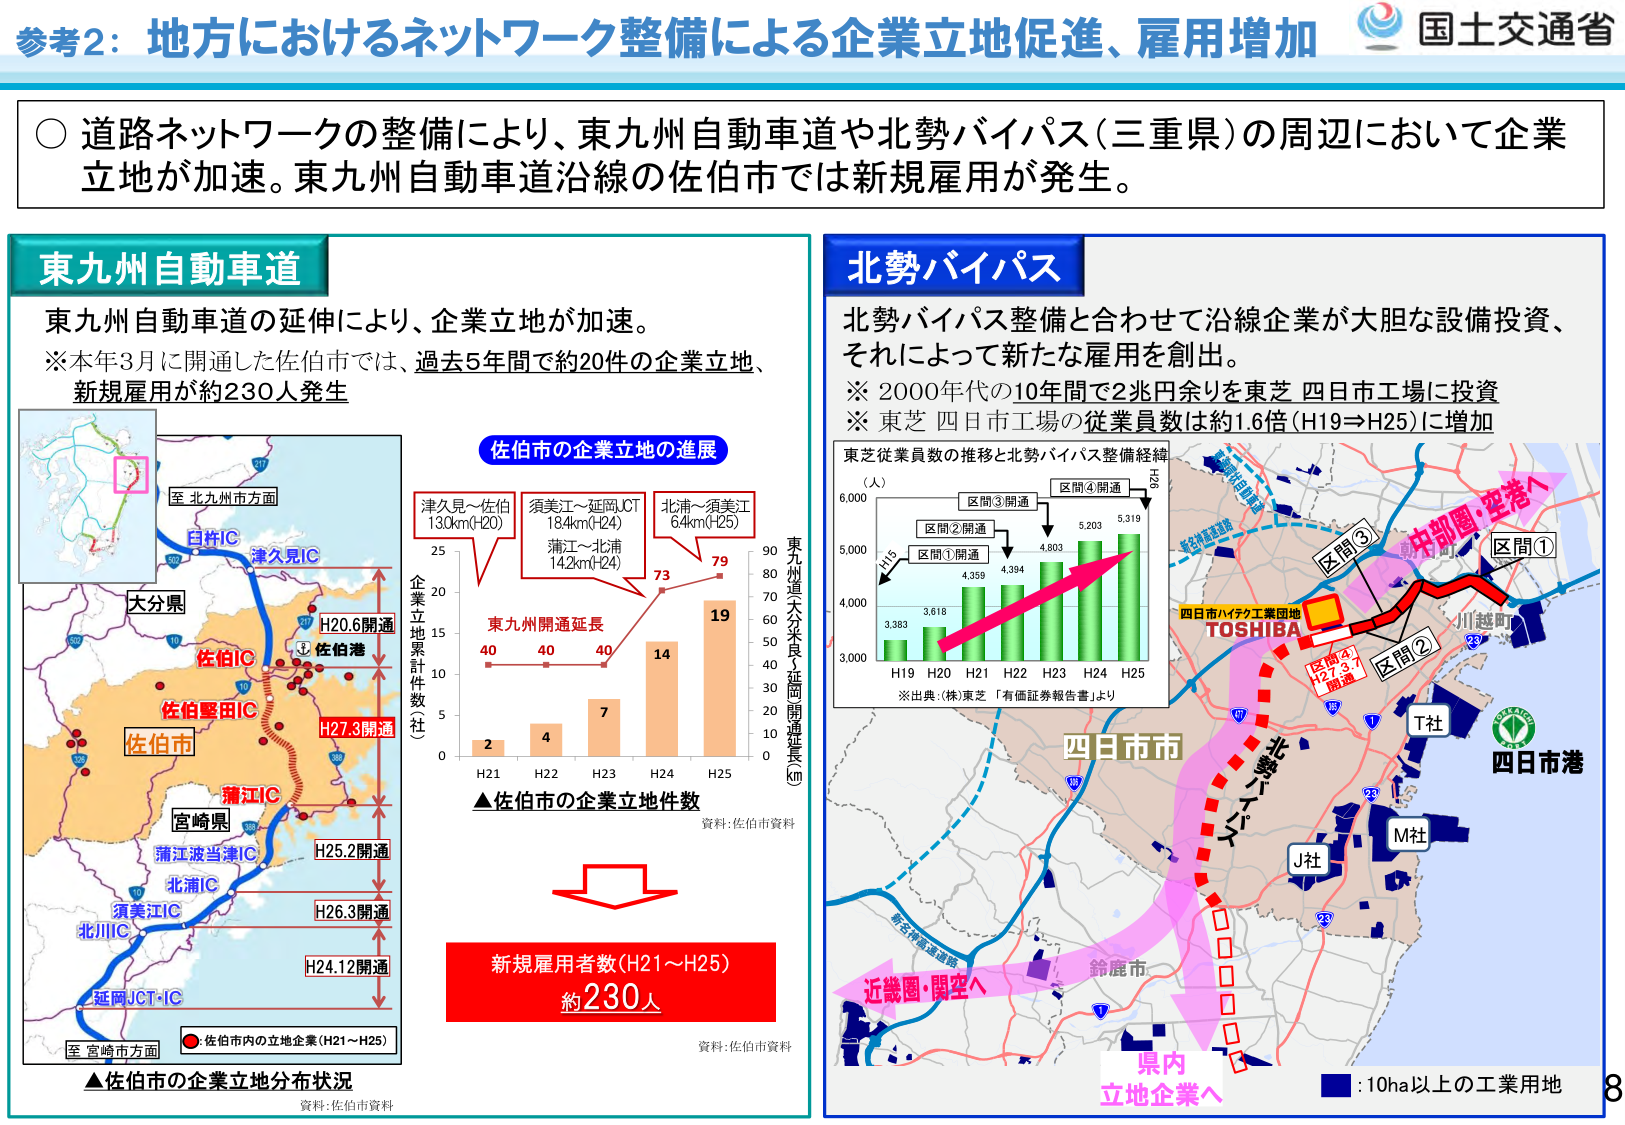
参考2：地方におけるネットワーク整備による企業立地促進、雇用増加
国土交通省

○ 道路ネットワークの整備により、東九州自動車道や北勢バイパス（三重県）の周辺において企業立地が加速。東九州自動車道沿線の佐伯市では新規雇用が発生。

東九州自動車道
東九州自動車道の延伸により、企業立地が加速。
※本年3月に開通した佐伯市では、過去5年間で約20件の企業立地、新規雇用が約230人発生

至 北九州市方面
臼杵IC
津久見IC
大分県
佐伯IC
佐伯堅田IC
佐伯市
蒲江IC
宮崎県
蒲江波当津IC
北浦IC
須美江IC
北川IC
延岡JCT・IC
至 宮崎市方面
●：佐伯市内の立地企業（H21～H25）
▲佐伯市の企業立地分布状況
資料：佐伯市資料

H20.6開通
H27.3開通
H25.2開通
H26.3開通
H24.12開通

佐伯市の企業立地の進展
津久見～佐伯 130km（H20）
須美江～延岡JCT 184km（H24）
北浦～須美江 64km（H25）
蒲江～北浦 14.2km（H24）

東九州開通延長
40 40 40 14 19
H21 H22 H23 H24 H25
企業立地累計件数（件）
0 5 10 15 20 25
東九州道大分県内延長・区間開通延長（km）
0 10 20 30 40 50 60 70 80 90
73 79
▲佐伯市の企業立地件数
資料：佐伯市資料

新規雇用者数（H21～H25）
約230人
資料：佐伯市資料

北勢バイパス
北勢バイパス整備と合わせて沿線企業が大胆な設備投資、それによって新たな雇用を創出。
※ 2000年代の10年間で2兆円余りを東芝 四日市工場に投資
※ 東芝 四日市工場の従業員数は約1.6倍（H19⇒H25）に増加

東芝従業員数の推移と北勢バイパス整備経緯
（人）
H19 3,383
H20 3,618
H21 4,359
H22 4,394
H23 4,803
H24 5,203
H25 5,319
区間①開通
区間②開通
区間③開通
区間④開通
H26
※出典：（株）東芝「有価証券報告書」より

四日市市
四日市港
T社
M社
J社
鈴鹿市
近畿圏・関空へ
中部圏・空港へ
区間①
区間②
区間③
区間④
H27.3.7開通
四日市ハイテク工業団地
TOSHIBA
北勢バイパス
県内立地企業へ
: 10ha以上の工業用地
8